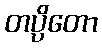
တပ္ပိတော